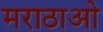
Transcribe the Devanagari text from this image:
मराठाओ